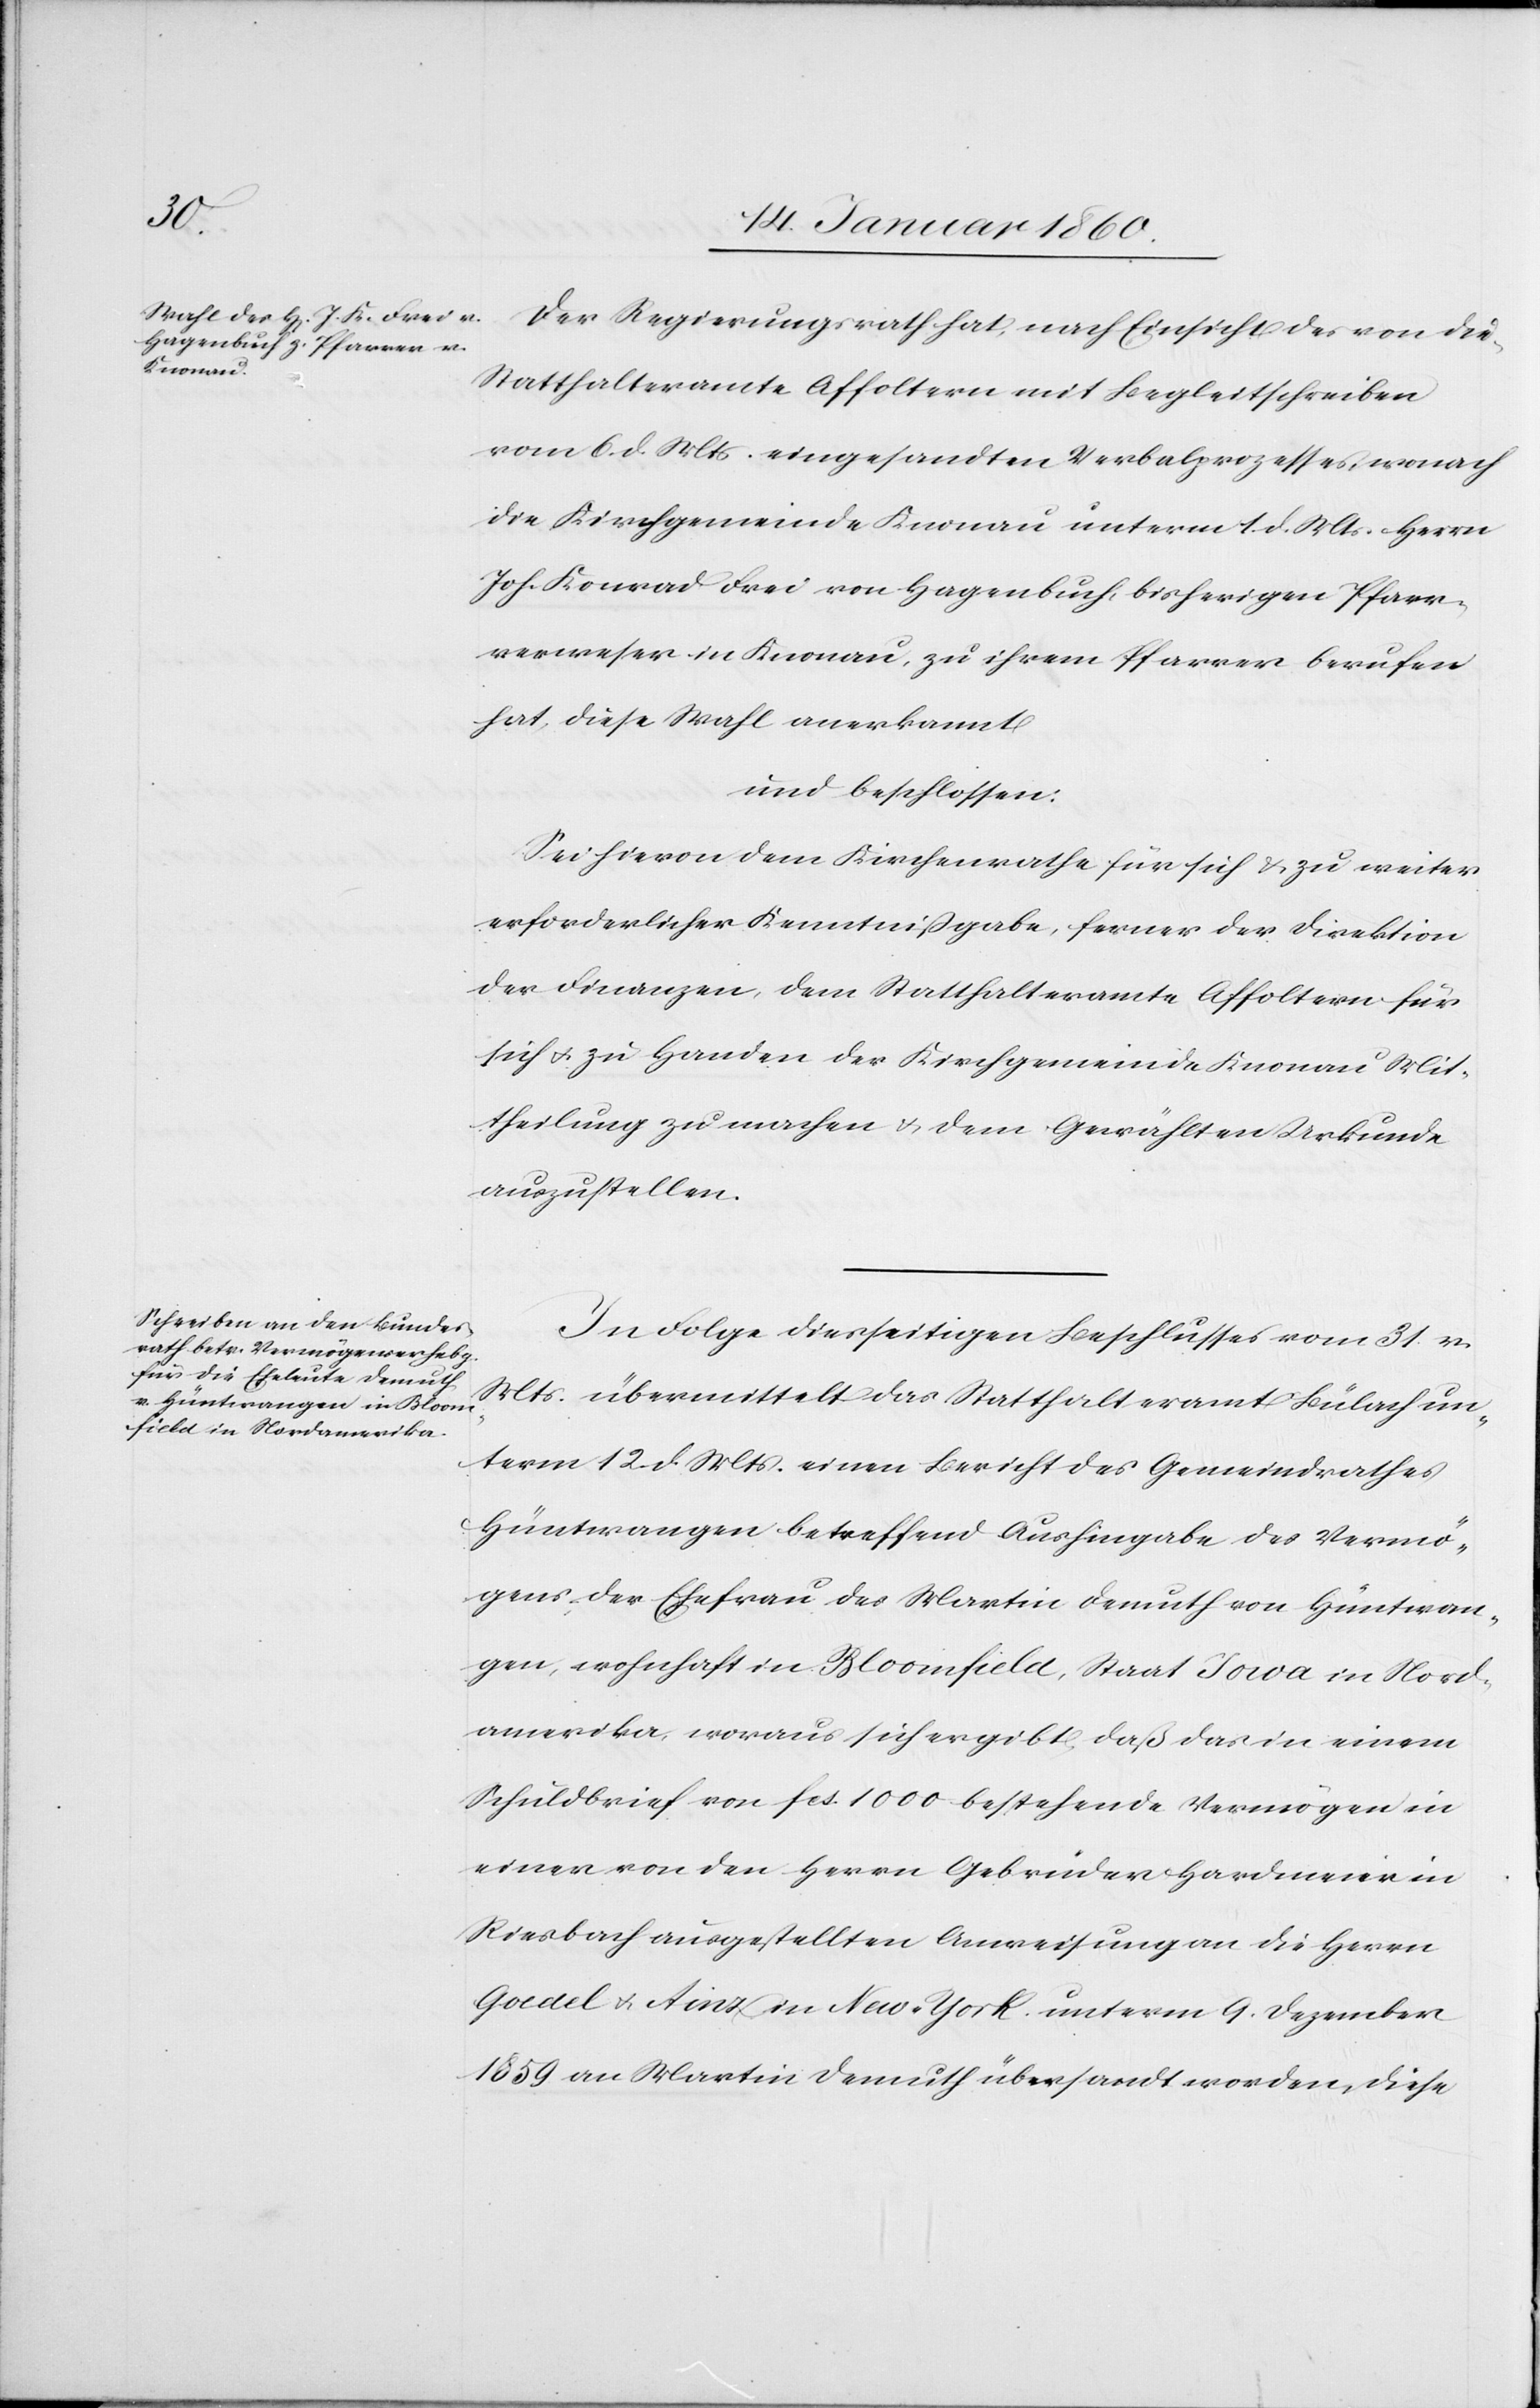
Der Regierungsrath hat, nach Einsicht des von de[m]
Statthalteramte Affoltern mit Begleitschreiben
vom 6. d. Mts. eingesandten Verbalprozesses, wonach
die Kirchgemeinde Knonau unterm 1. d. Mts. Herrn
Joh. Konrad Frei von Hagenbuch, bisherigen Pfarr¬
verweser in Knonau, zu ihrem Pfarrer berufen
hat, diese Wahl anerkannt
und beschlossen:
Sei hiervon dem Kirchenrathe für sich u. zu weiter
erforderlicher Kenntnißgabe, ferner der Direktion
der Finanzen, dem Statthalteramte Affoltern für
sich u. zu Handen der Kirchgemeinde Knonau Mit¬
theilung zu machen u. dem Gewählten Urkunde
anzustellen.
In Folge diesseitigen Beschlusses vom 31. v.
Mts. übermittelt das Statthalteramt Bülach un¬
term 12. d. Mts. einen Bericht des Gemeindrathes
Hüntwangen betreffend Aushingabe des Vermö¬
gens der Ehefrau des Martin Demuth von Hüntwan¬
gen, wohnhaft in Bloomfield, Staat Iova in Nord¬
amerika, woraus sich ergibt, daß das in einem
Schuldbrief von fcs. 1000. bestehende Vermögen in
einer von den Herrn Gebrüder Hardmeier in
Riesbach ausgestellten Ausweisung an die Herrn
Goedel u. Ainz in New-York unterm 9. Dezember
1859. an Martin Demuth übersandt worden, diese